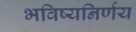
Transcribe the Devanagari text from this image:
भविष्यनिर्णय